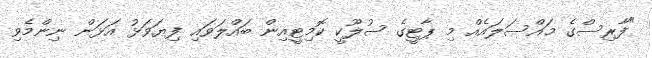
"ފާރިސްގެ މައްސަލައެއް މި ޕާޓީގެ ސުލޫކީ ކޮމިޓީއިން ބައްލަވައި ފިޔަވަޅު އަޅަން ނިންމެވި